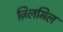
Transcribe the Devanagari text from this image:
ज़िलमिल